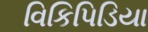
વિકિપિડિયા